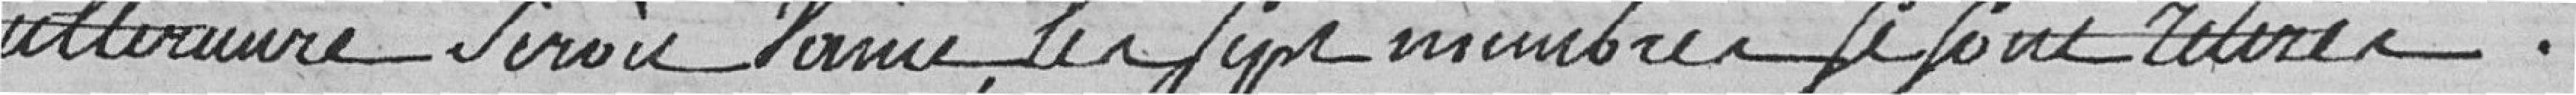
ultérieure serait vaine, les sept membres se sont retirés.